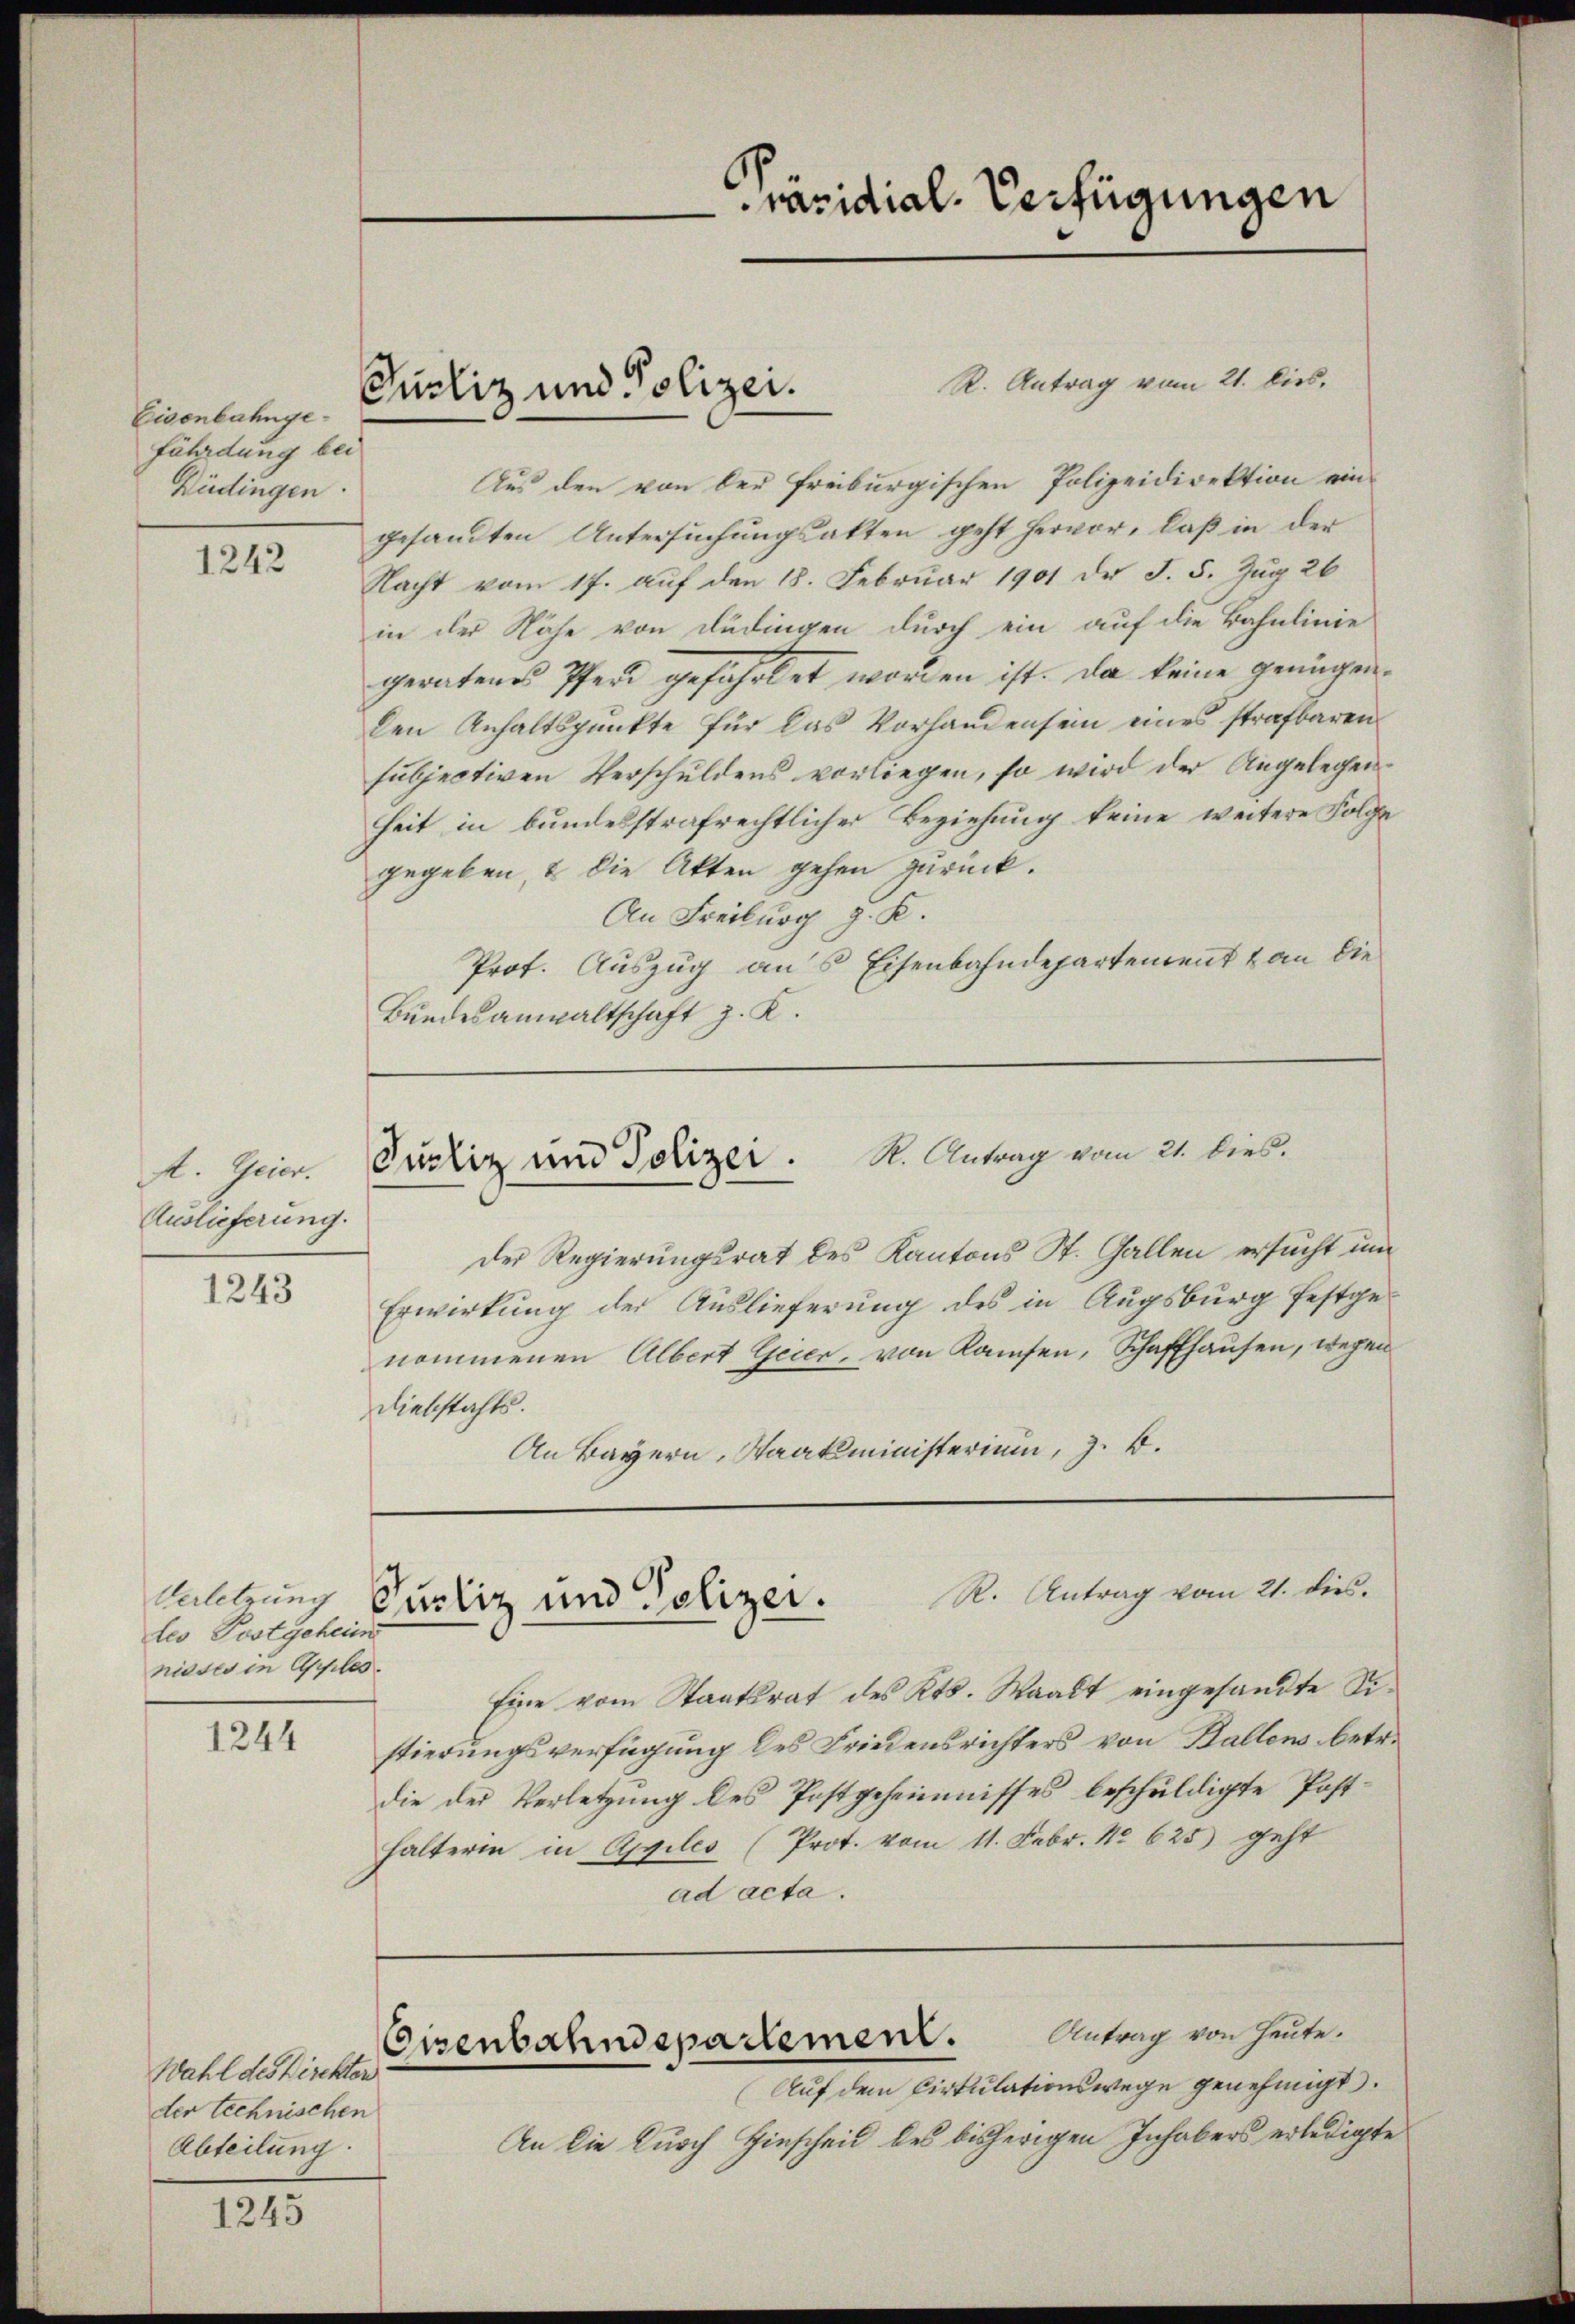
Eisenbahngefährdung bei
Büdingen.

1242

A. Geier.
Auslieferung.

1243

tes Postgeheim
nieses in Apples

1244

Wahl des Direktor
der technischen
Abteilung.

1245

R. Antrag vom 21. Dies.
Aus den von der Freiburgischen Polizeidirektion ein-
gesandten Untersuchungsakten geht hervor, daß in der
Nacht vom 17. auf den 18. Februar 1901 der S. 5. Zug 26
in der Nähe von Rudingen durch ein auf die Bahnlinie
geratenes Pferd gefährtet worden ist. Da keine genügenden Anhaltspunkte für das Vorhandensein eines strafbaren
subjectiven Verschuldens vorliegen, so wird der Angelegenheit in bundesstrafrechtlicher Beziehung keine weitere Folge
gegeben, & die Akten gehen zurück.
An Freiburg g. K.
Prot. Auszug an 5 Eisenbahndepartement an die
Bundesanwaltschaft z. K.

Purliz und Polizei.

Purkiz und Polizei. K. Antrag vom 21. dies.

Auletzung Gustiz und Polizer. R. Antrag vom 21. dies.

Präsidial-Verfügungen

Der Regierungsrat des Kantons St. Gallen ersucht und
Erwirkung der Auslieferung des in Augsburg festgenommenen Albert Geier, von Kaufen, Schaffhausen, wegen
Diebstahls.
An Bayern, Staatsministerium, z. B.

Eine vom Staatsrat des Kts. Staadt eingesandte Sistierungsverfügung des Friedensrichters von Ballens betr.
die der Verletzung des Postgeheimnisses beschuldigte Posthalterin in Agiles (Prot. vom 11. Febr. 18. 625) geht
ad acta.
Antrag von Heute.
Eisenbahndepartement.
Auf dem Cirkulationswege genehmigt.
An die Durch Hinscheil des bisherigen Inhabers erledigte